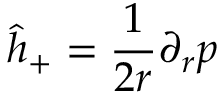
\hat { h } _ { + } = \frac { 1 } { 2 r } \partial _ { r } p